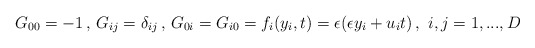
\begin{align*}G_{00}=-1 \,,\, G_{ij}=\delta_{ij} \,,\,G_{0i}=G_{i0}=f_i(y_i,t)=\epsilon (\epsilon y_i + u_i t)\, ,\,\,i,j=1,...,D\end{align*}